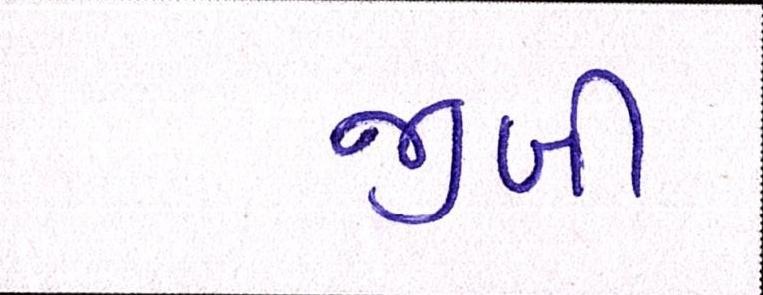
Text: જીબી